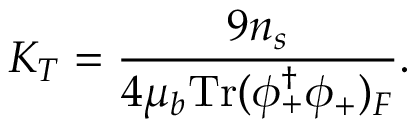
K _ { T } = \frac { 9 n _ { s } } { 4 \mu _ { b } \mathrm { T r } ( \phi _ { + } ^ { \dagger } \phi _ { + } ) _ { F } } .